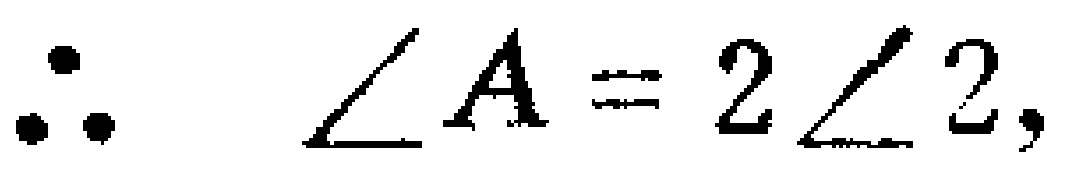
\(\therefore \angle A = 2\angle 2,\)